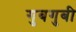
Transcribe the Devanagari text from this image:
गुबगुबी